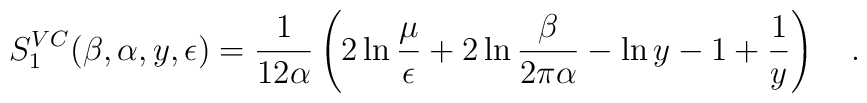
S_1^{VC}(\beta,\alpha,y,\epsilon)={1 \over12\alpha}\left(2\ln{\mu \over\epsilon}+2\ln{\beta \over 2\pi\alpha}	-\ln y -1 +\frac 1y\right)~~~.